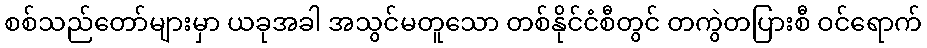
စစ်သည်တော်များမှာ ယခုအခါ အသွင်မတူသော တစ်နိုင်ငံစီတွင် တကွဲတပြားစီ ဝင်ရောက်